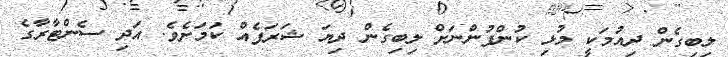
ލިބިގެން ދިއުމަކީ މުޅި ކުންފުންނަށް ލިބިގެން ދިޔަ ޝަރަފެއް ކަމަށެވެ. އަދި ސެންޓާރާގެ